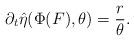
LaTeX: \begin{align*}\partial_t \hat{\eta}(\Phi(F),\theta) =\frac{r}{\theta}.\end{align*}